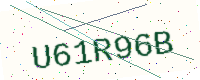
Text: U61R96B